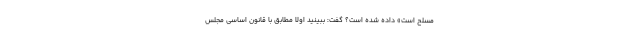
مسلح است» داده شده است؟ گفت: ببینید اولا مطابق با قانون اساسی مجلس